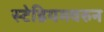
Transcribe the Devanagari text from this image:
स्टेडियमवरुन